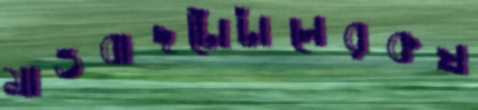
মাওবাদটোটালেরকষ